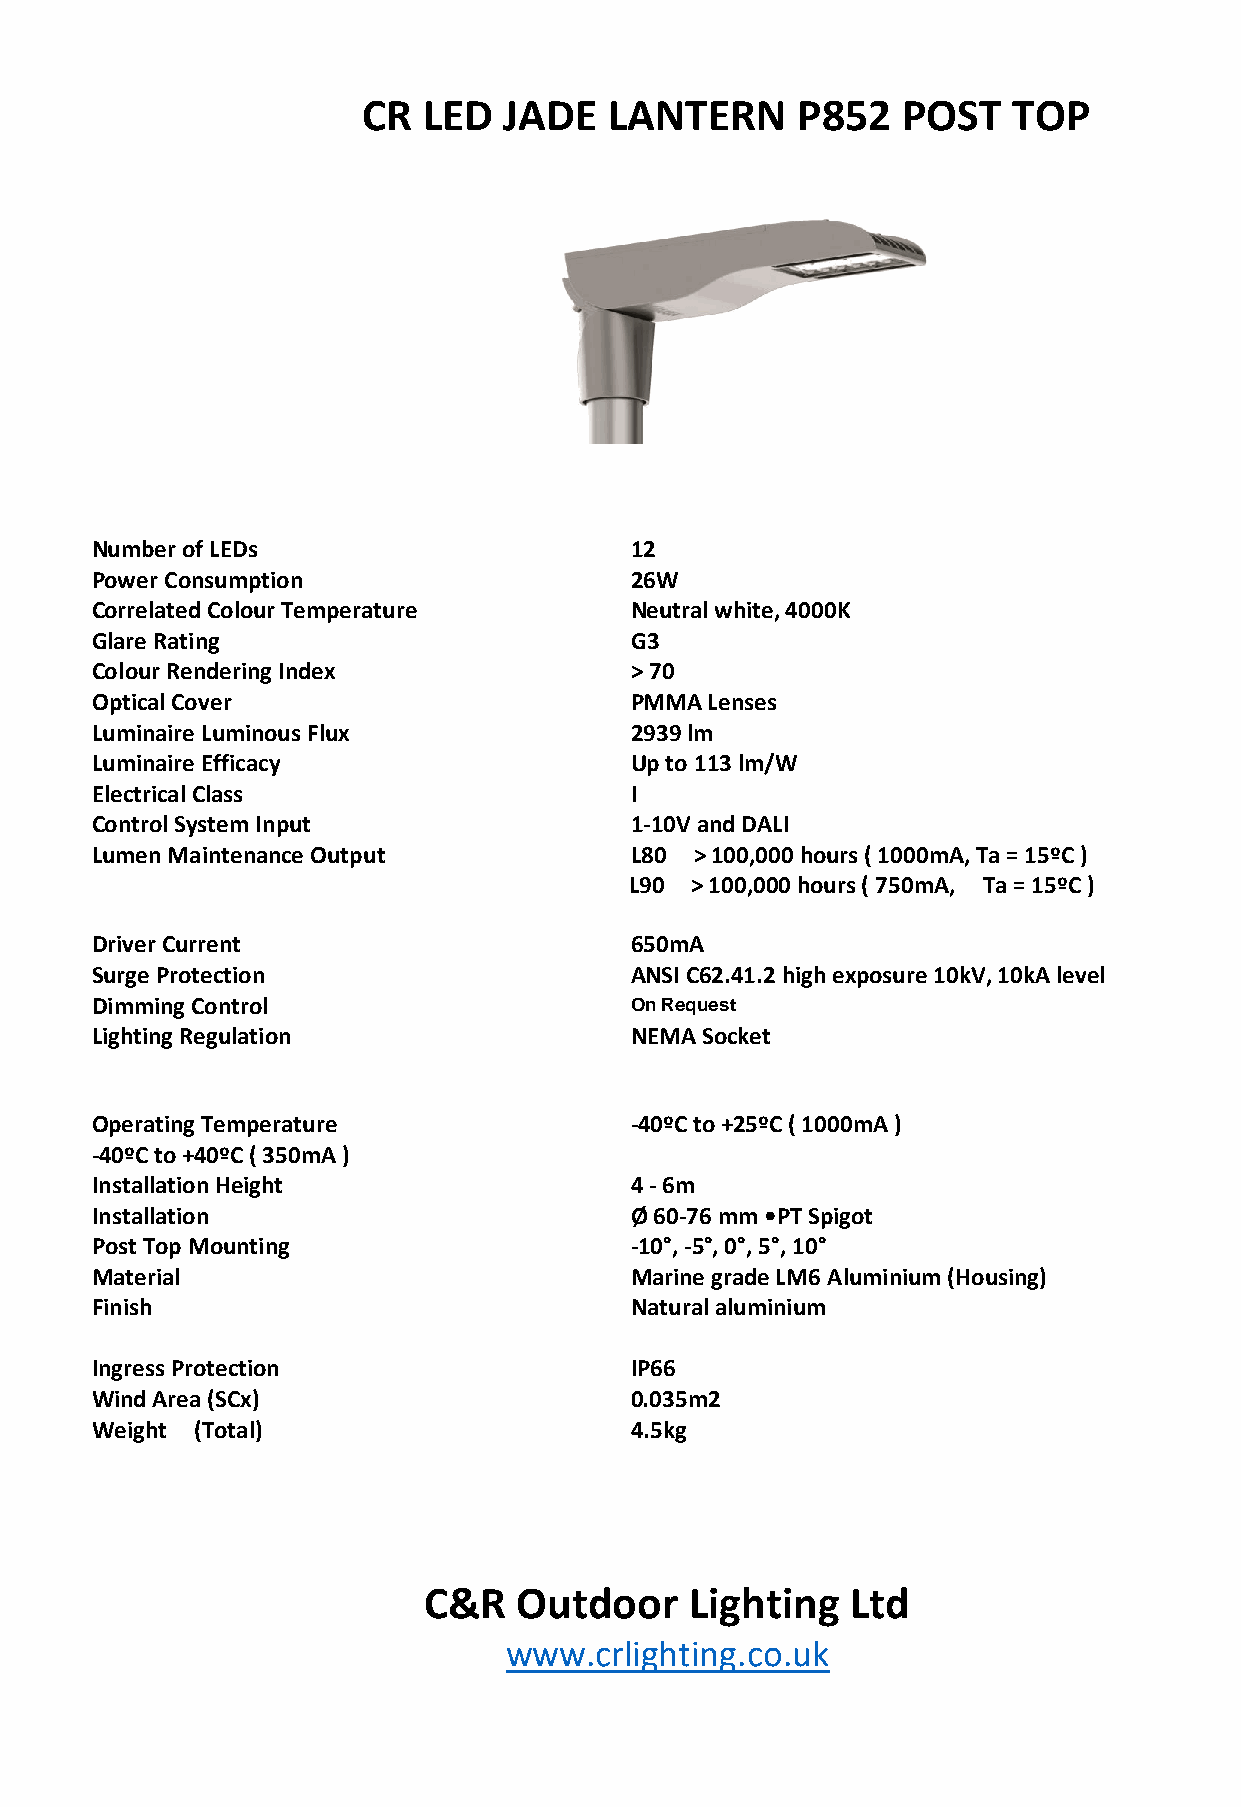
CR  LED  JADE   LANTERN      P852   POST   TOP
 Number of LEDs                      12
 Power Consumption                   26W
 Correlated Colour Temperature       Neutral white, 4000K
 Glare Rating                        G3
 Colour Rendering Index              > 70
 Optical Cover                       PMMA Lenses
 Luminaire Luminous Flux             2939 lm
 Luminaire Efficacy                  Up to 113 lm/W
 Electrical Class                    I
 Control System Input                1-10V and DALI
 Lumen Maintenance Output            L80 > 100,000 hours ( 1000mA, Ta = 15ºC )
 L90 > 100,000 hours ( 750mA, Ta = 15ºC )
 Driver Current                      650mA
 Surge Protection                    ANSI C62.41.2 high exposure 10kV, 10kA level
 Dimming Control                     On Request
 Lighting Regulation                 NEMA Socket
 Operating Temperature               -40ºC to +25ºC ( 1000mA )
 -40ºC to +40ºC ( 350mA )
 Installation Height                 4 - 6m
 Installation                        Ø 60-76 mm •PT Spigot
 Post Top Mounting                   -10°, -5°, 0°, 5°, 10°
 Material                            Marine grade LM6 Aluminium (Housing)
 Finish                              Natural aluminium
 Ingress Protection                  IP66
 Wind Area (SCx)                     0.035m2
 Weight (Total)                      4.5kg
 C&R   Outdoor     Lighting  Ltd
 www.crlighting.co.uk